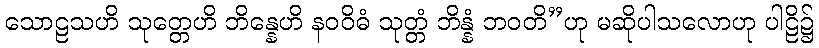
သောဠသဟိ သုတ္တေဟိ ဘိန္နေဟိ နဝဝိဓံ သုတ္တံ ဘိန္နံ ဘဝတိ”ဟု မဆိုပါသလောဟု ပါဠိ၌